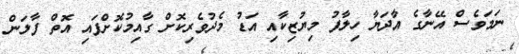
ނަމަވެސް އޭނާގެ އާދަޔާ ހިލާފު މިޔުޒިކާއި އަޑު މެދުވެރިކޮށް ގާއިމުކޮށްފައި އޮތް ފާލަން